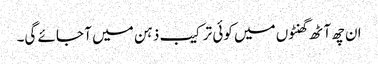
ان چھ آٹھ گھنٹوں میں کوئی ترکیب ذہن میں آ جائے گی۔